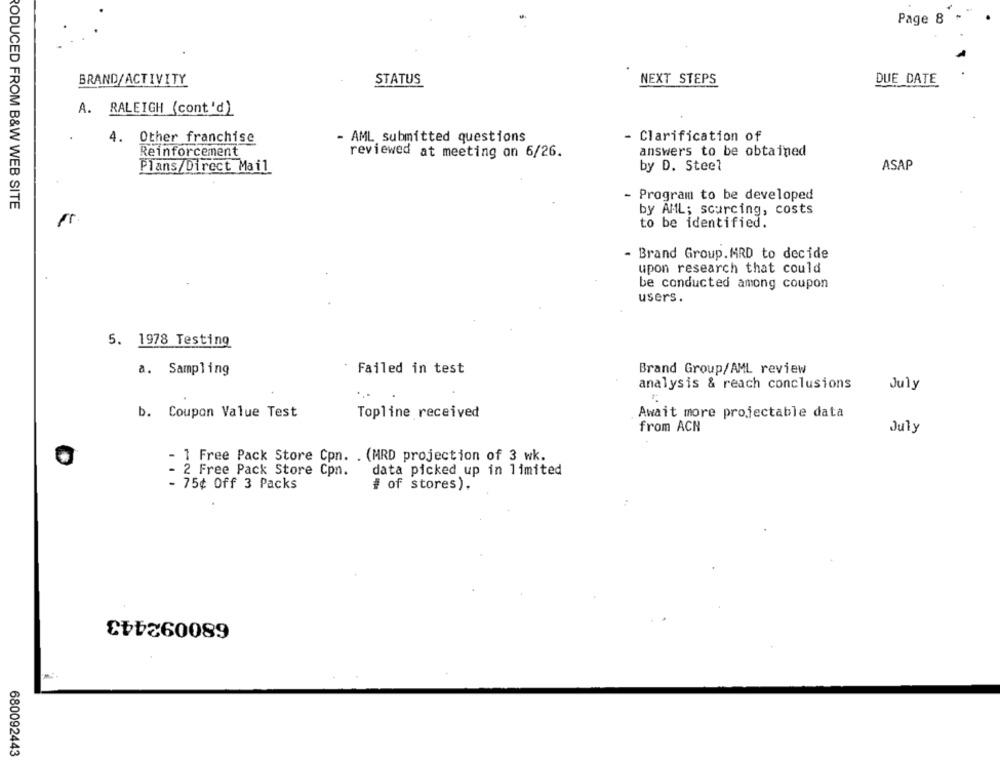
Page 8
BRAND/ACTIVITY
STATUS
NEXT STEPS
DUE DATE
A. RALEIGH (cont 'd)
4. Other franchise
- Clarification of
- AML submitted questions
Reinforcement
answers to be obtained
reviewed at meeting on 6/26.
Plans/Direct Mail
by D. Steel
ASAP
- Program to be developed
PODUCED FROM B&W WEB SITE
by AML; sourcing, costs
to be identified.
- Brand Group.MRD to decide
upon research that could
be conducted among coupon
users.
5. 1978 Testing
a. Sampling
Failed in test
Brand Group/AML review
analysis & reach conclusions
July
b. Coupon Value Test
Topline received
Await more projectable data
from ACH
July
- 1 Free Pack Store Cpn. . (MRD projection of 3 wk.
data picked up in limited
- 2 Free Pack Store Cpn.
- 75¢ Off 3 Packs
# of stores).
680092443
680092443